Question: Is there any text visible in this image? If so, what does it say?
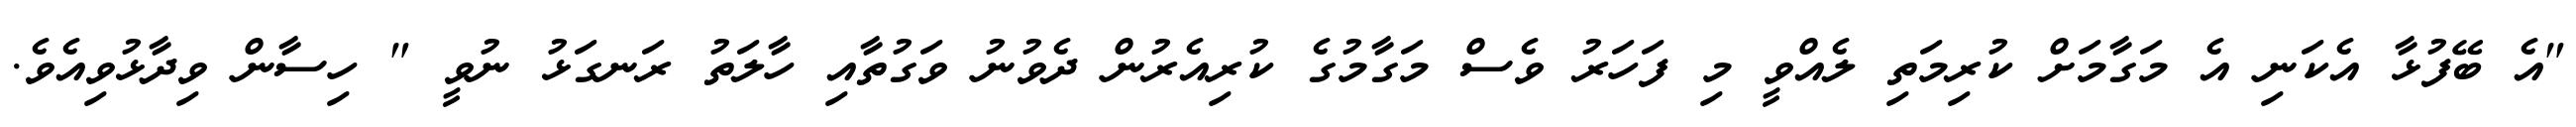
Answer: "އެ ބޭފުޅާ އެކަނި އެ މަގާމަށް ކުރިމަތި ލެއްވީ މި ފަހަރު ވެސް މަގާމުގެ ކުރިއެރުން ދެވުނު ވަގުތާއި ހާލަތު ރަނގަޅު ނުވީ " ހިސާން ވިދާޅުވިއެވެ.